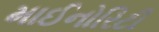
માઈનોરિટી